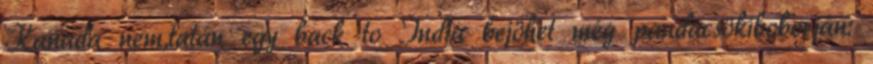
Kanada nem,talán egy back to India bejöhet még pandacsökiboborján: